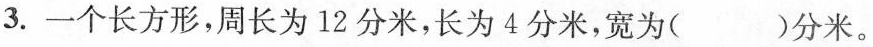
3.一个长方形，周长为12分米，长为4分米，宽为（ ）分米。